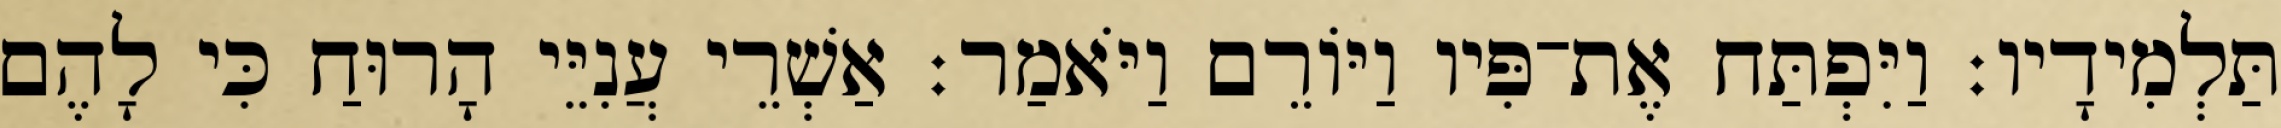
תַּלְמִידָיו׃ וַיִּפְתַּח אֶת־פִּיו וַיּוֹרֵם וַיֹּאמַר׃ אַשְׁרֵי עֲנִיֵּי הָרוּחַ כִּי לָהֶם